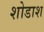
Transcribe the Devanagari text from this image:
शोडाश